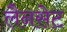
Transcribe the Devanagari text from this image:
लैनसेट